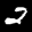
Label: 2